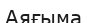
Аяғыма